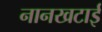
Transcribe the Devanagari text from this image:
नानखटाई